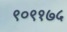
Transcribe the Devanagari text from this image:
९०९१७५